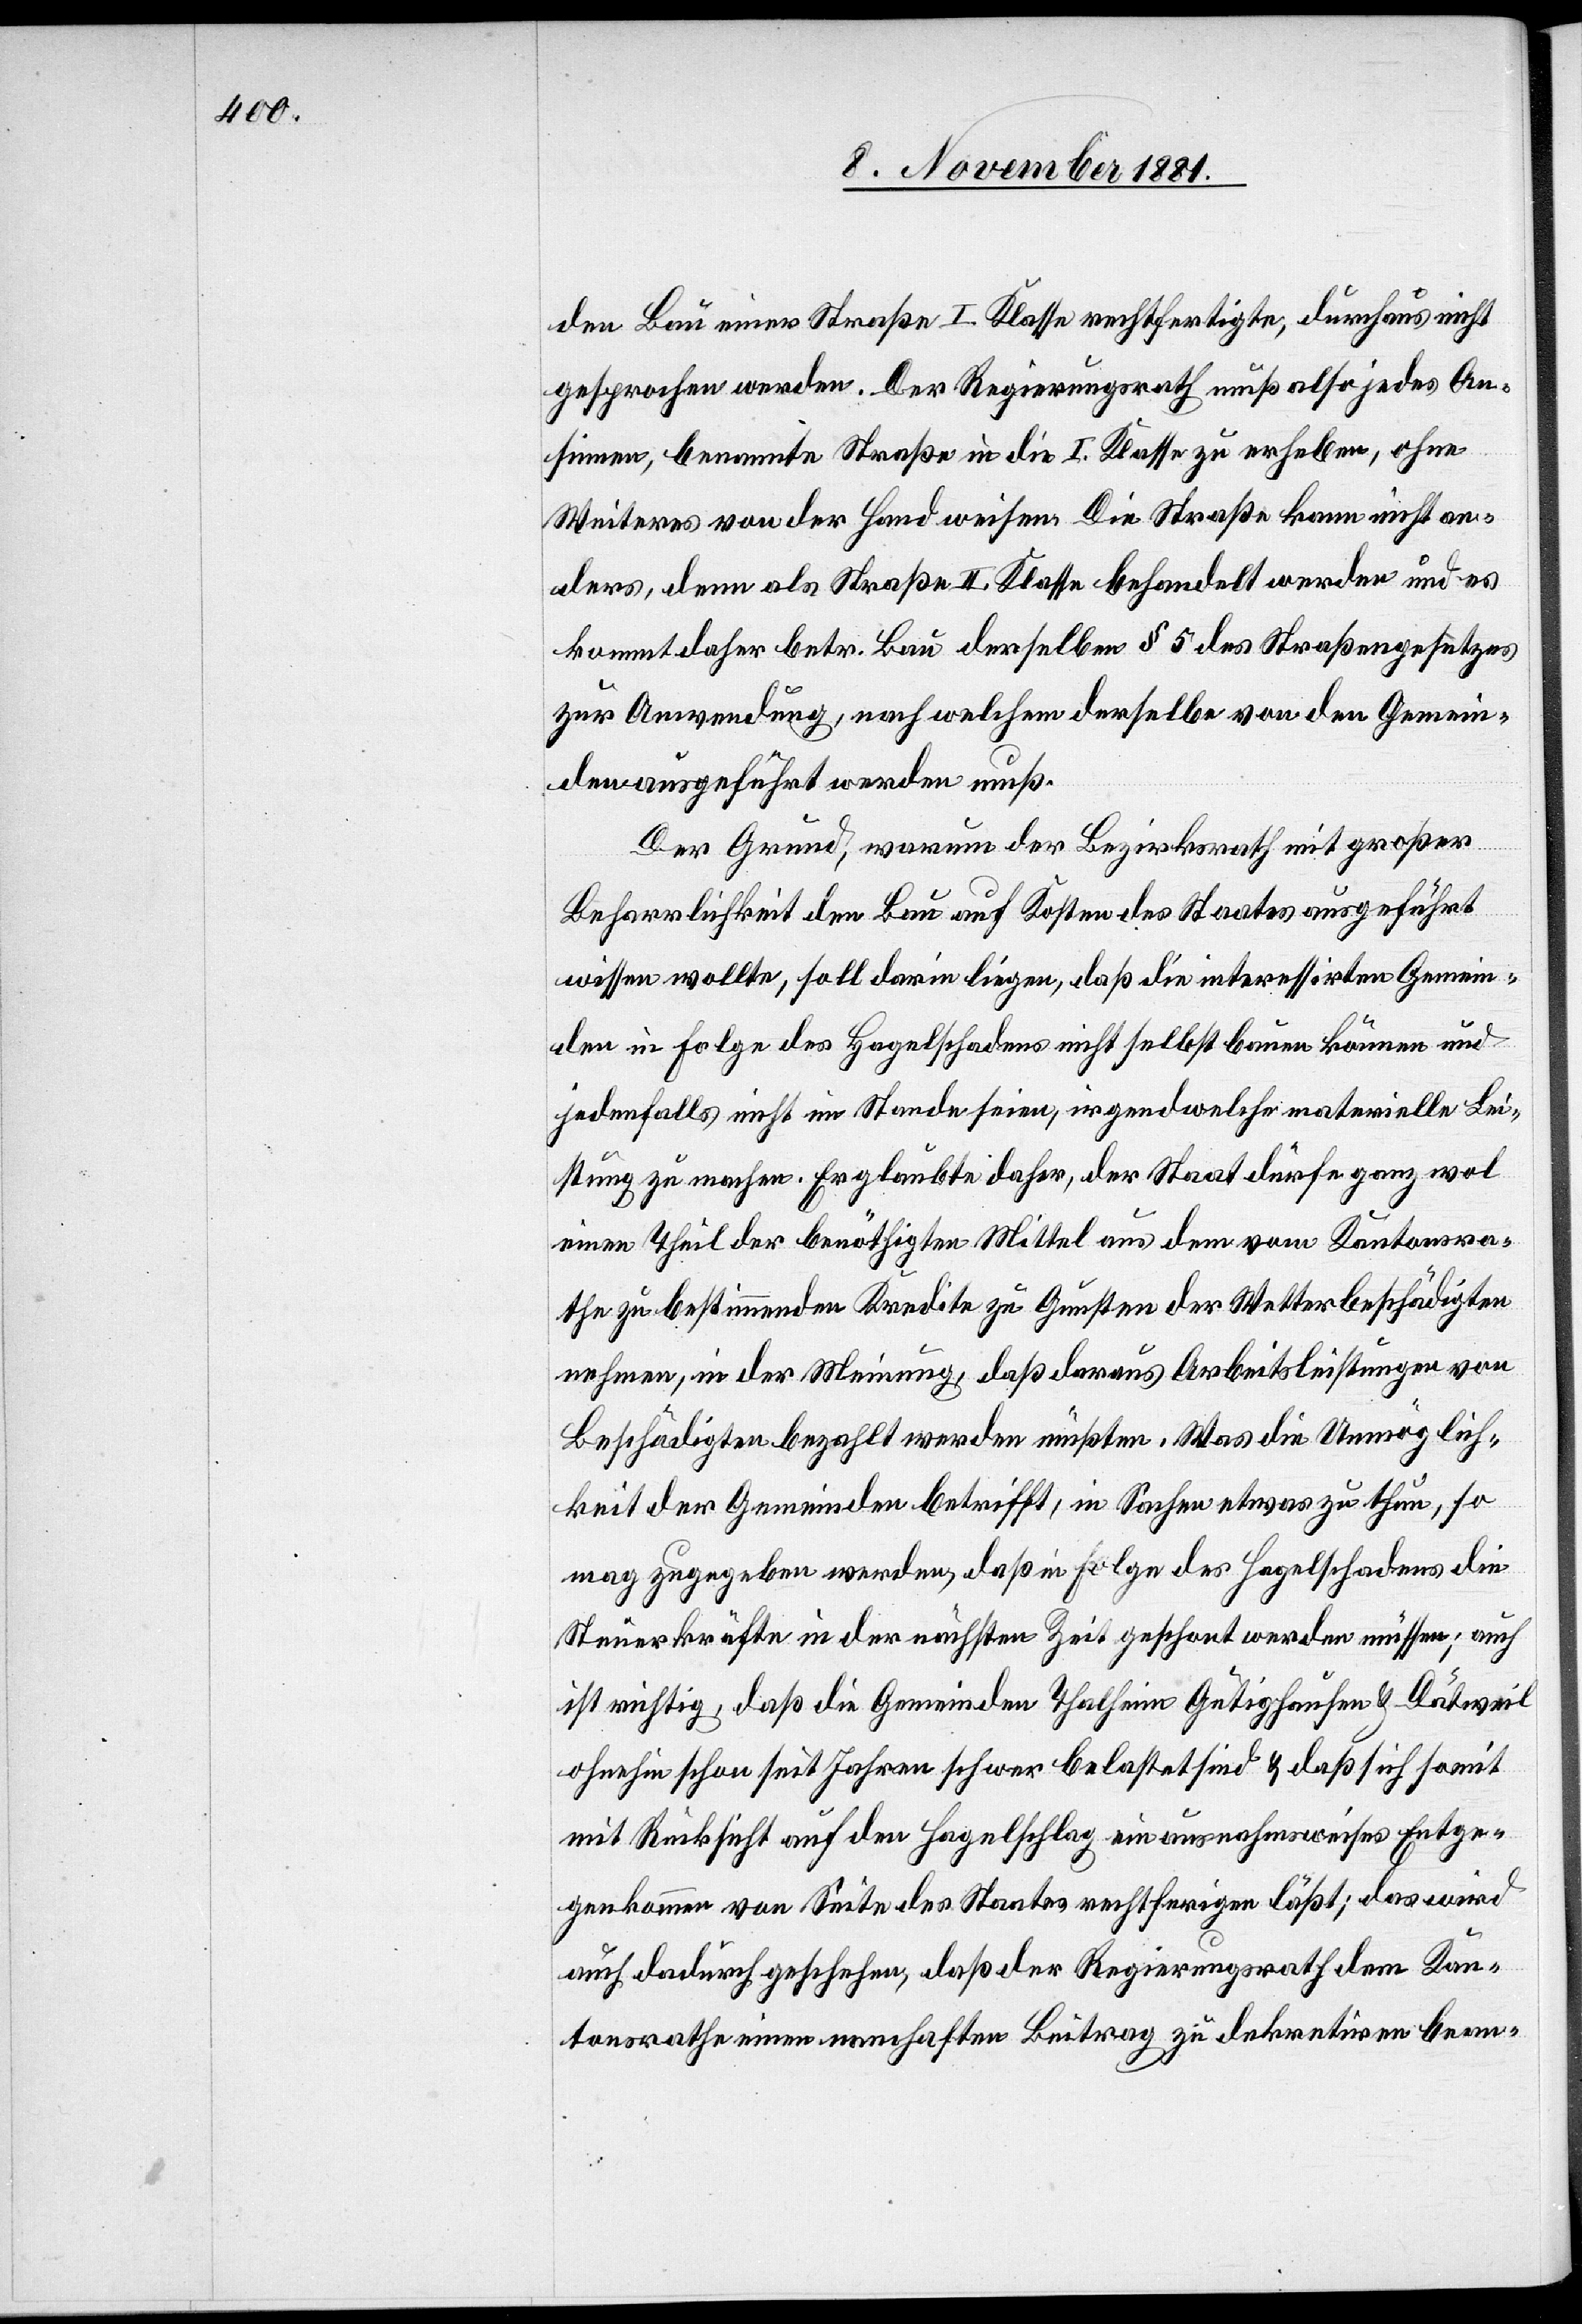
den Bau einer Straße I. Klasse rechtfertigte, durchaus nicht
gesprochen werden. Der Regierungsrath muß also jedes An¬
sinnen, benannte Straße in die I. Klasse zu erheben, ohne
Weiteres von der Hand weisen. Die Straße kann nicht an¬
ders, denn als Straße II. Klasse behandelt werden und es
kommt daher betr. Bau derselben § 5 des Straßengesetzes
zur Anwendung, nach welchem derselbe von den Gemein¬
den ausgeführt werden muß.
Der Grund, warum der Bezirksrath mit großer
Beharrlichkeit den Bau auf Kosten des Staates ausgeführt
wissen wollte, soll darin liegen, daß die interessirten Gemein¬
den in Folge des Hagelschadens nicht selbst bauen können und
jedenfalls nicht im Stande seien, irgendwelche materielle Lei¬
stung zu machen. Er glaubte daher, der Staat dürfe ganz wol
einen Theil der benöthigten Mittel aus dem vom Kantonsra¬
the zu bestimmenden Kredite zu Gunsten der Wetterbeschädigten
nehmen, in der Meinung, daß daraus Arbeitsleistungen von
Beschädigten bezahlt werden müßten. Was die Unmöglich¬
keit der Gemeinden betrifft, in Sachen etwas zu thun, so
mag zugegeben werden, daß in Folge des Hagelschadens die
Steuerkräfte in der nächsten Zeit geschont werden müssen; auch
ist richtig, daß die Gemeinden Thalheim Gütighausen & Dätweil
ohnehin schon seit Jahren schwer belastet sind & daß sich somit
mit Rücksicht auf den Hagelschlag ein ausnahmsweise Entge¬
genkommen von Seite des Staates rechtfer[t]igen läßt; das wird
auch dadurch geschehen, daß der Regierungsrath dem Kan¬
tonsrathe einen namhaften Beitrag zu dekretiren bean-